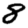
Digit: 8